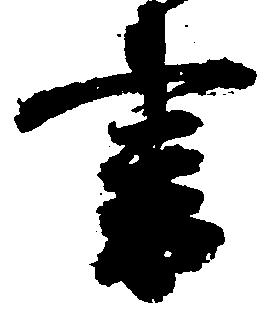
書